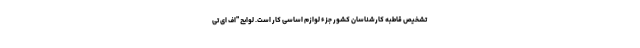
تشخیص قاطبه کارشناسان کشور جزء لوازم اساسی کار است. لوایح "اف ای تی